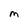
Character: M